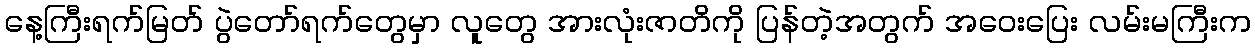
နေ့ကြီးရက်မြတ် ပွဲတော်ရက်တွေမှာ လူတွေ အားလုံးဇာတိကို ပြန်တဲ့အတွက် အဝေးပြေး လမ်းမကြီးက